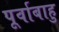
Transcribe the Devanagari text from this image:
पूर्वाबाहु